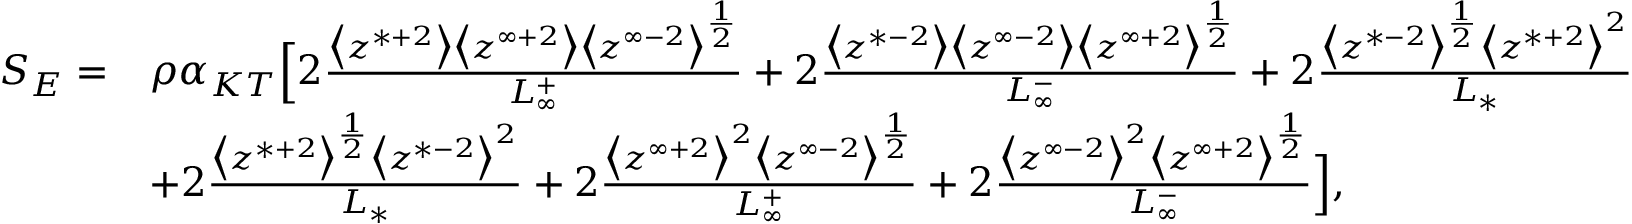
\begin{array} { r l } { S _ { E } = } & { \rho \alpha _ { K T } \Big [ 2 \frac { \big < z ^ { * + 2 } \big > \big < z ^ { \infty + 2 } \big > \big < z ^ { \infty - 2 } \big > ^ { \frac { 1 } { 2 } } } { L _ { \infty } ^ { + } } + 2 \frac { \big < z ^ { * - 2 } \big > \big < z ^ { \infty - 2 } \big > \big < z ^ { \infty + 2 } \big > ^ { \frac { 1 } { 2 } } } { L _ { \infty } ^ { - } } + 2 \frac { \big < z ^ { * - 2 } \big > ^ { \frac { 1 } { 2 } } \big < z ^ { * + 2 } \big > ^ { 2 } } { L _ { * } } } \\ & { + 2 \frac { \big < z ^ { * + 2 } \big > ^ { \frac { 1 } { 2 } } \big < z ^ { * - 2 } \big > ^ { 2 } } { L _ { * } } + 2 \frac { \big < z ^ { \infty + 2 } \big > ^ { 2 } \big < z ^ { \infty - 2 } \big > ^ { \frac { 1 } { 2 } } } { L _ { \infty } ^ { + } } + 2 \frac { \big < z ^ { \infty - 2 } \big > ^ { 2 } \big < z ^ { \infty + 2 } \big > ^ { \frac { 1 } { 2 } } } { L _ { \infty } ^ { - } } \Big ] , } \end{array}